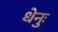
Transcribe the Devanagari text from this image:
धेनुः